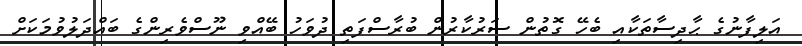
އަލިފާނުގެ ޙާދިސާތަކާއި ބެހޭ ގޮތުން ސަރުކާރުން ބުރާސްފަތި ދުވަހު ބޭއްވި ނޫސްވެރިންގެ ބައްދަލުވުމަކަށް